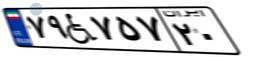
۴۲W۵۵۷۸۲